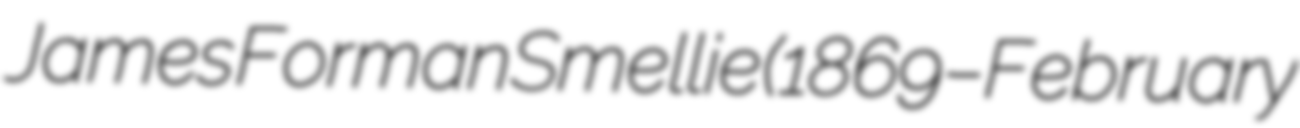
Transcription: James Forman Smellie (1869–February